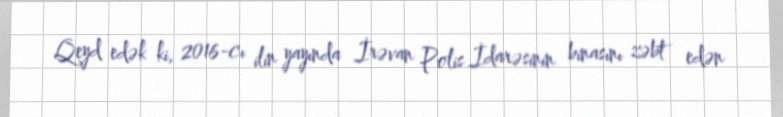
Qeyd edək ki, 2016-cı ilin yayında İrəvan Polis İdarəsinin binasını zəbt edən